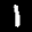
Label: 1